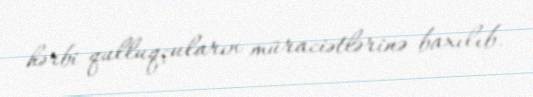
hərbi qulluqçuların müraciətlərinə baxılıb.